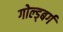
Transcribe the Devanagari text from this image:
गोल्ड्बर्ग